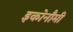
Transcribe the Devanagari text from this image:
इकोनौमी